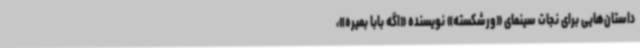
داستان‌هایی برای نجات سینمای «ورشکسته» نویسنده «اگه بابا بمیره»،